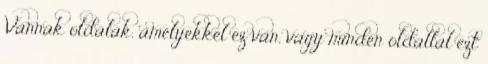
Vannak oldalak, amelyekkel ez van, vagy minden oldallal ezt